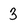
Character: 3